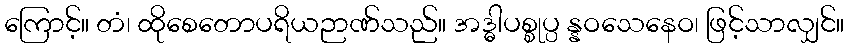
ကြောင့်။ တံ၊ ထိုစေတောပရိယဉာဏ်သည်။ အဒ္ဓါပစ္စုပ္ပ န္နဝသေနေဝ၊ ဖြင့်သာလျှင်။